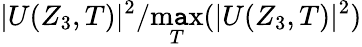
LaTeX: |U(Z_{3},T)|^{2}/\operatorname*{m\mathtt{a}x}_{T}(|U(Z_{3},T)|^{2})